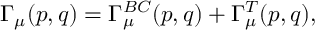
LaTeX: \Gamma _ { \mu } ( p , q ) = \Gamma _ { \mu } ^ { B C } ( p , q ) + \Gamma _ { \mu } ^ { T } ( p , q ) ,